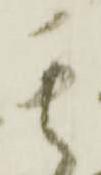
其